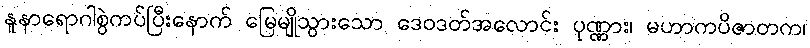
နူနာရောဂါစွဲကပ်ပြီးနောက် မြေမျိုသွားသော ဒေဝဒတ်အလောင်း ပုဏ္ဏား၊ မဟာကပိဇာတက၊